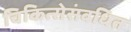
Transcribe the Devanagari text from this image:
चिकित्सेसंबधित